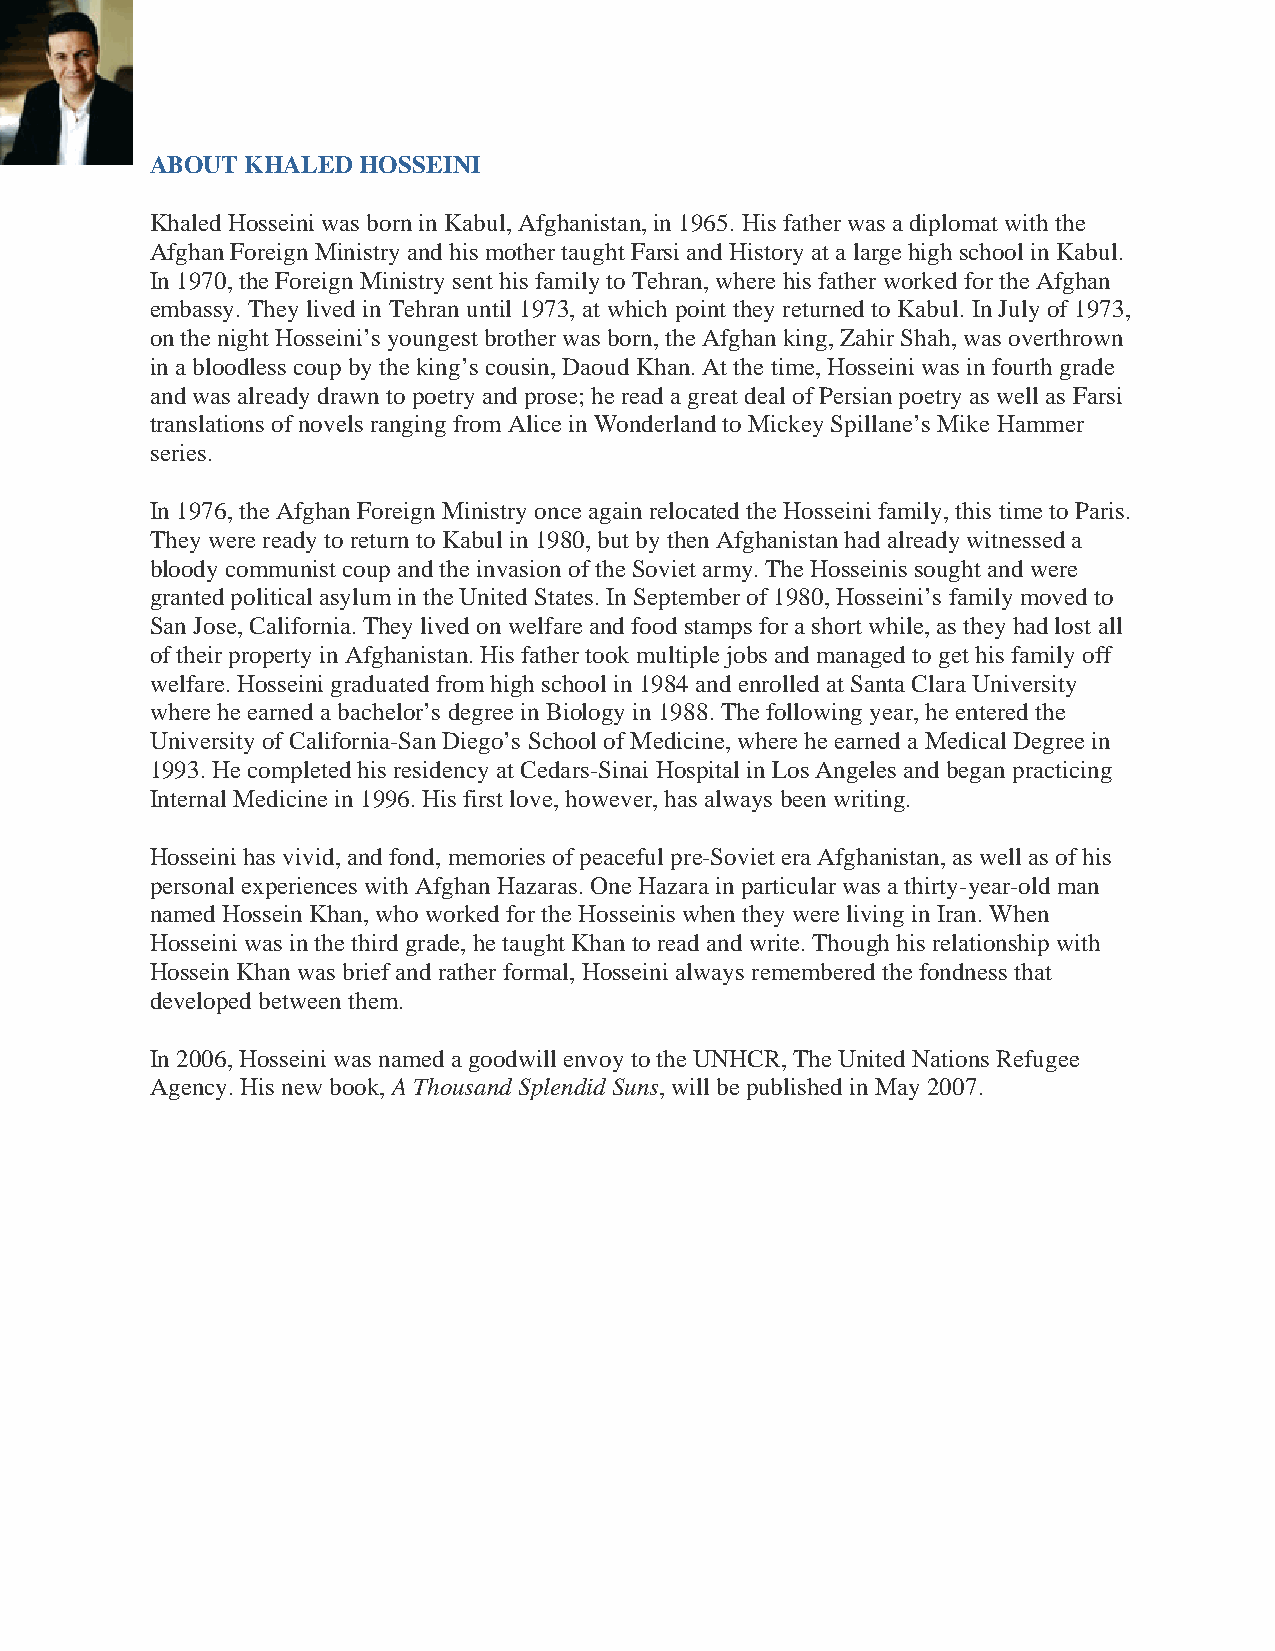
ABOUT KHALED  HOSSEINI
 Khaled Hosseini was born in Kabul, Afghanistan, in 1965. His father was a diplomat with the
 Afghan Foreign Ministry and his mother taught Farsi and History at a large high school in Kabul.
 In 1970, the Foreign Ministry sent his family to Tehran, where his father worked for the Afghan
 embassy. They lived in Tehran until 1973, at which point they returned to Kabul. In July of 1973,
 on the night Hosseini’s youngest brother was born, the Afghan king, Zahir Shah, was overthrown
 in a bloodless coup by the king’s cousin, Daoud Khan. At the time, Hosseini was in fourth grade
 and was already drawn to poetry and prose; he read a great deal of Persian poetry as well as Farsi
 translations of novels ranging from Alice in Wonderland to Mickey Spillane’s Mike Hammer
 series.
 In 1976, the Afghan Foreign Ministry once again relocated the Hosseini family, this time to Paris.
 They were ready to return to Kabul in 1980, but by then Afghanistan had already witnessed a
 bloody communist coup and the invasion of the Soviet army. The Hosseinis sought and were
 granted political asylum in the United States. In September of 1980, Hosseini’s family moved to
 San Jose, California. They lived on welfare and food stamps for a short while, as they had lost all
 of their property in Afghanistan. His father took multiple jobs and managed to get his family off
 welfare. Hosseini graduated from high school in 1984 and enrolled at Santa Clara University
 where he earned a bachelor’s degree in Biology in 1988. The following year, he entered the
 University of California-San Diego’s School of Medicine, where he earned a Medical Degree in
 1993. He completed his residency at Cedars-Sinai Hospital in Los Angeles and began practicing
 Internal Medicine in 1996. His first love, however, has always been writing.
 Hosseini has vivid, and fond, memories of peaceful pre-Soviet era Afghanistan, as well as of his
 personal experiences with Afghan Hazaras. One Hazara in particular was a thirty-year-old man
 named Hossein Khan, who worked for the Hosseinis when they were living in Iran. When
 Hosseini was in the third grade, he taught Khan to read and write. Though his relationship with
 Hossein Khan was brief and rather formal, Hosseini always remembered the fondness that
 developed between them.
 In 2006, Hosseini was named a goodwill envoy to the UNHCR, The United Nations Refugee
 Agency. His new book, A Thousand Splendid Suns, will be published in May 2007.